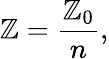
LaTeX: \mathbb{Z}={\frac{{\mathbb{Z}_{0}}}{{n}}},